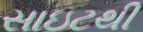
સાઇટથી